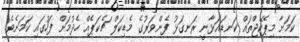
ކަމަށާ މިޕެކޭޖްތައް ކަނޑައަޅާނީ ރަނގަޅު ފެންވަރުގެ މެޑިކަލް ޗެކަޕެއް ހެދުމަށް ފަހުގައި ކަމަށެވެ.